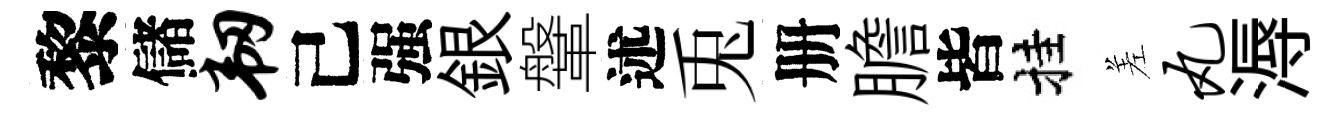
黎儲韧己强銀鞶述兎册膽皆挂差丸溽